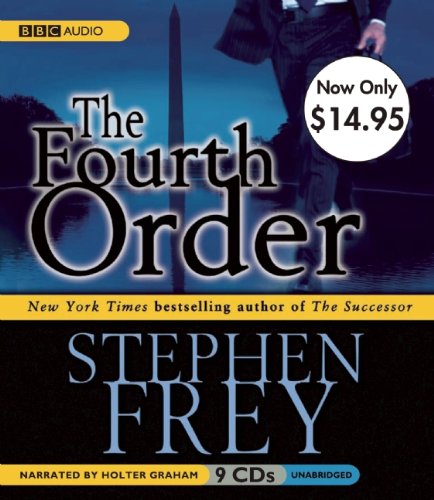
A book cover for The Fourth Order; Stephen Frey; Mystery, Thriller & Suspense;